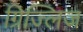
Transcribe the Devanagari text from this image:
ग्रिज्लिज